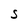
Character: s